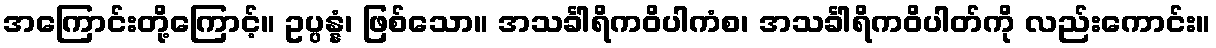
အကြောင်းတို့ကြောင့်။ ဥပ္ပန္နံ၊ ဖြစ်သော။ အသင်္ခါရိကဝိပါကံစ၊ အသင်္ခါရိကဝိပါတ်ကို လည်းကောင်း။